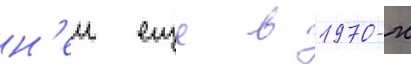
н'еи еще в 1970-х